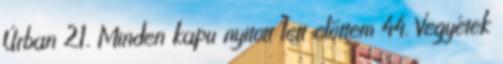
Úrban 21. Minden kapu nyitott lett előttem 44. Vegyétek